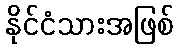
နိုင်ငံသားအဖြစ်